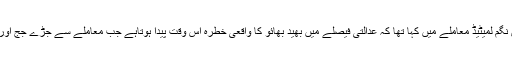
2001 میں عدالت نے مومائوں منڈل وکاس نگم لمیٹیڈ معاملے میں کہا تھا کہ عدالتی فیصلے میں بھید بھائو کا واقعی خطرہ اس وقت پیدا ہوتاہے جب معاملے سے جڑے جج اور فریق کے بیچ دوستی یا دشمنی کا رشتہ ہو۔